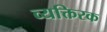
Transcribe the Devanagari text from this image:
व्यक्तिरक